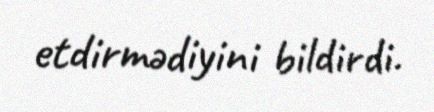
etdirmədiyini bildirdi.